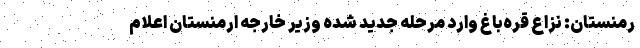
رمنستان: نزاع قره‌باغ وارد مرحله جدید شده وزیر خارجه ارمنستان اعلام